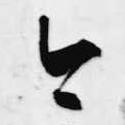
今